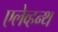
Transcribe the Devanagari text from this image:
एलेव्हन्थ